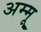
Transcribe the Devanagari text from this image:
अम्मू